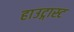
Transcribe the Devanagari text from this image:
हाउट्गास्ट